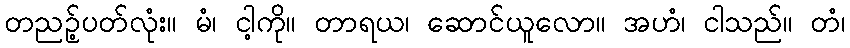
တညဉ့်ပတ်လုံး။ မံ၊ ငါ့ကို။ တာရယ၊ ဆောင်ယူလော။ အဟံ၊ ငါသည်။ တံ၊